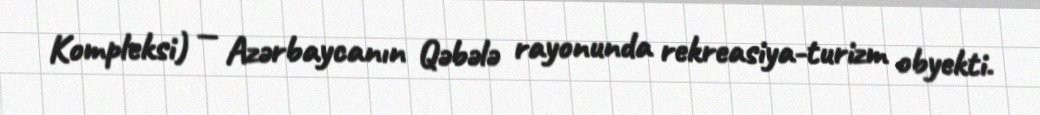
Kompleksi) — Azərbaycanın Qəbələ rayonunda rekreasiya-turizm obyekti.